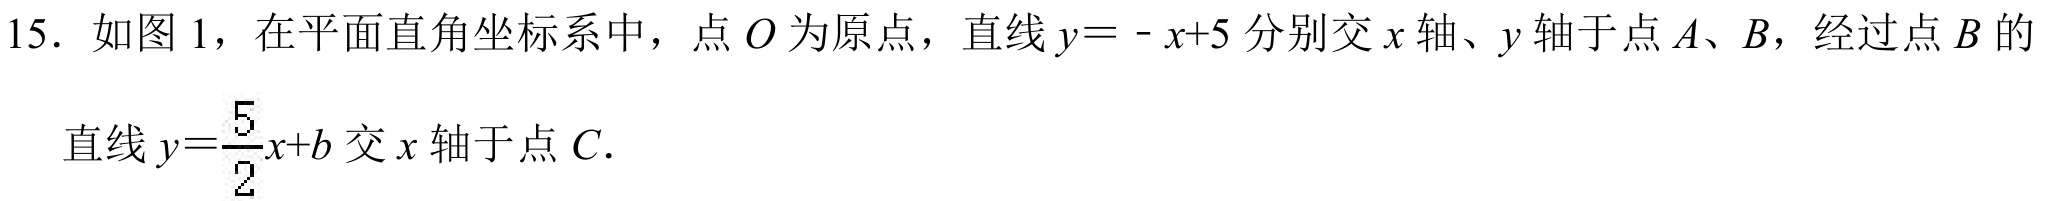
15. 如图1，在平面直角坐标系中，点\(O\)为原点，直线\(y = -x + 5\)分别交\(x\)轴、\(y\)轴于点\(A\)、\(B\)，经过点\(B\)的直线\(y=\frac{5}{2}x + b\)交\(x\)轴于点\(C\).